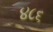
૪૮૬